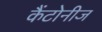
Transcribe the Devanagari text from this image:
कैंटोनीज